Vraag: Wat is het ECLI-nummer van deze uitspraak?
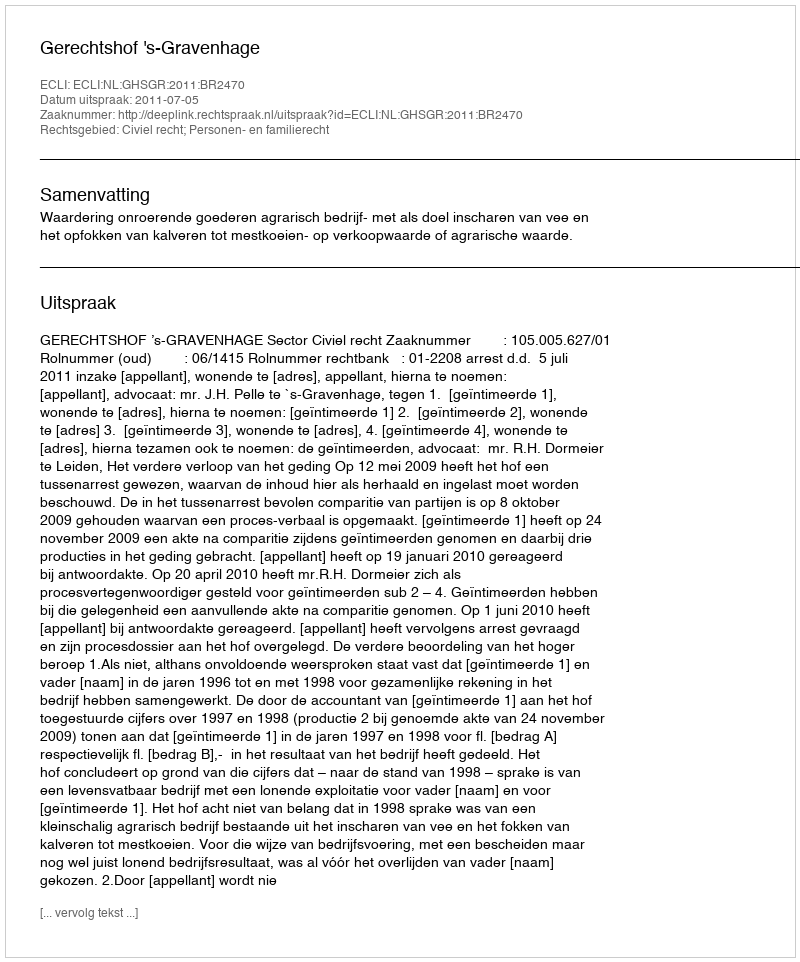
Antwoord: ECLI:NL:GHSGR:2011:BR2470